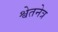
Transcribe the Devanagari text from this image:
श्वेतनेत्र